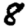
Digit: 8